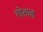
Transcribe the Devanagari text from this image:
गोताड